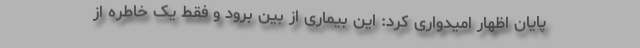
پایان اظهار امیدواری کرد: این بیماری از بین برود و فقط یک خاطره از